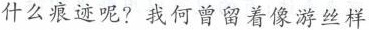
什么痕迹呢?我何曾留着像游丝样